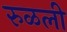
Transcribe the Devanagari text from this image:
रुळली